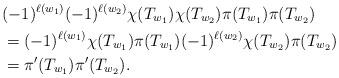
LaTeX: \begin{align*}& (-1)^{\ell(w_1)}(-1)^{\ell(w_2)}\chi(T_{w_1})\chi(T_{w_2})\pi(T_{w_1})\pi(T_{w_2})\\& = (-1)^{\ell(w_1)}\chi(T_{w_1})\pi(T_{w_1})(-1)^{\ell(w_2)}\chi(T_{w_2})\pi(T_{w_2})\\& = \pi'(T_{w_1})\pi'(T_{w_2}).\end{align*}